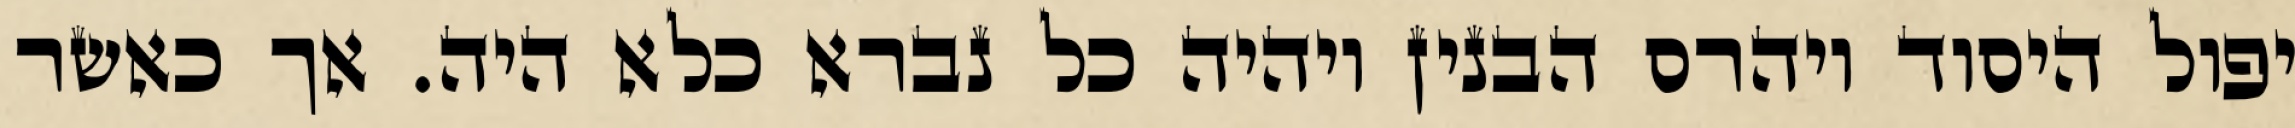
יפול היסוד ויהרס הבנין ויהיה כל נברא כלא היה. אך כאשר